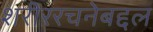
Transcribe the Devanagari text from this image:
शरीररचनेबद्दल